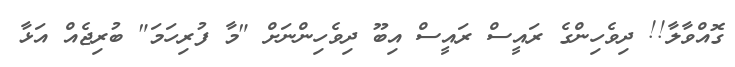
ގޮއްވާލާ!! ދިވެހިންގެ ރައީސް ރައީސް އިބޫ ދިވެހިންނަށް "މާ ފުރިހަމަ" ބުރިޖެއް އަޅާ